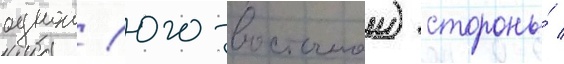
однои (юго-восточнои) стороны́ /